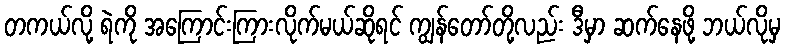
တကယ်လို့ ရဲကို အကြောင်းကြားလိုက်မယ်ဆိုရင် ကျွန်တော်တို့လည်း ဒီမှာ ဆက်နေဖို့ ဘယ်လိုမှ